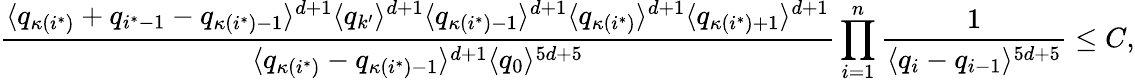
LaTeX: \frac{\langle q_{\kappa(i^{*})}+q_{i^{*}-1}-q_{\kappa(i^{*})-1}\rangle^{d+1}\langle q_{k^{\prime}}\rangle^{d+1}\langle q_{\kappa(i^{*})-1}\rangle^{d+1}\langle q_{\kappa(i^{*})}\rangle^{d+1}\langle q_{\kappa(i^{*})+1}\rangle^{d+1}}{\langle q_{\kappa(i^{*})}-q_{\kappa(i^{*})-1}\rangle^{d+1}\langle q_{0}\rangle^{5d+5}}\prod_{i=1}^{n}\frac{1}{\langle q_{i}-q_{i-1}\rangle^{5d+5}}\leq C,